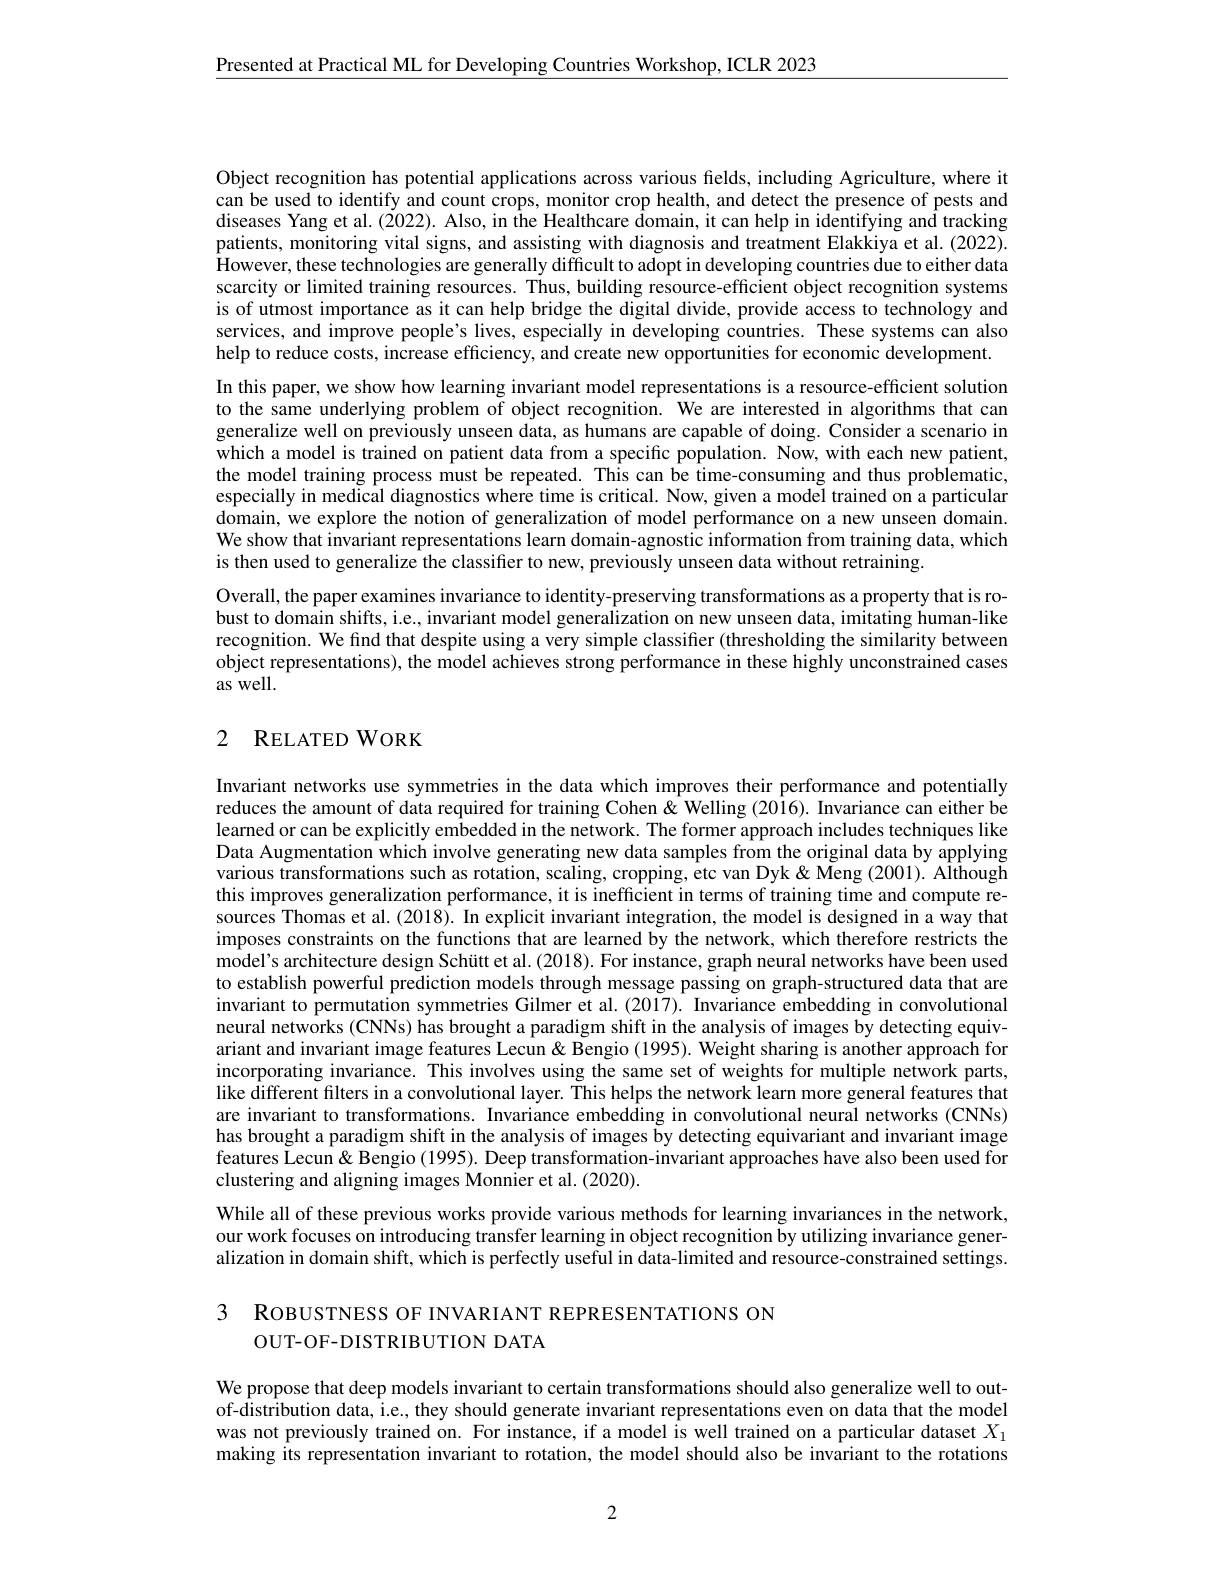
$\underline{{\text{Presented at Practical ML for Developing Countries Workshop, ICLR 2023}}}$

Object recognition has potential applications across various fields, including Agriculture, where it can be used to identify and count crops, monitor crop health, and detect the presence of pests and diseases Yang et al.(2022). Also, in the Healthcare $\hat{\text{domain, it can help in identifying and tracking}}$ patients, monitoring vital signs, and assisting with diagnosis and treatment Elakkiya et al. (2022). However, these technologies are generally difficult to adopt in developing countries due to either data scarcity or limited training resources. Thus, building resource-efficient object recognition systems is of utmost importance as it can help bridge the digital divide, provide access to technology and services, and improve people's lives, especially in developing countries. These systems can also help to reduce costs, increase efficiency, and create new opportunities for economic development. In this paper, we show how learning invariant model representations is a resource-efficient solution to the same underlying problem of object recognition. We are interested in algorithms that can generalize well on previously unseen data, as humans are capable of doing. Consider a scenario in which a model is trained on patient data from a specific population. Now, with each new patient, the model training process must be repeated. This can be time-consuming and thus problematic, especially in medical diagnostics where time is critical. Now, given a model trained on a particular domain, we explore the notion of generalization of model performance on a new unseen domain. We show that invariant representations learn domain-agnostic information from training data, which is then used to generalize the classifier to new, previously unseen data without retraining
Overall, the paper examines invariance to identity-preserving transformations as a property that is robust to domain shifts, i.e., invariant model generalization on new unseen data, imitating human-like recognition. We find that despite using a very simple classifier (thresholding the similarity between object representations), the model achieves strong performance in these highly unconstrained cases as well.

## 2 RELATEDWORK

Invariant networks use symmetries in the data which improves their performance and potentially reduces the amount of data required for training Cohen &Welling (2016). Invariance can either be learned or can be explicitly embedded in the network. The former approach includes techniques like Data Augmentation which involve generating new data samples from the original data by applying various transformations such as rotation, scaling, cropping, etc van Dyk & Meng (2001). Although this improves generalization performance, it is inefficient in terms of training time and compute resources Thomas et al. (2018). In explicit invariant integration, the model is designed in a way that imposes constraints on the functions that are learned by the network, which therefore restricts the model's architecture design Schütt et al. (2018). For instance, graph neural networks have been used to establish powerful prediction models through message passing on graph-structured data that are invariant to permutation symmetries Gilmer et al.(2017). Invariance embedding in convolutional neural networks (CNNs) has brought a paradigm shift in the analysis of images by detecting equivariant and invariant image features Lecun& Bengio (1995). Weight sharing is another approach for incorporating invariance. This involves using the same set of weights for multiple network parts, like different filters in a convolutional layer. This helps the network learn more general features that are invariant to transformations. Invariance embedding in convolutional neural networks (CNNs) has brought a paradigm shift in the analysis of images by detecting equivariant and invariant image features Lecun& Bengio (1995). Deep transformation-invariant approaches have also been used for clustering and aligning images Monnier et al. (2020).

While all of these previous works provide various methods for learning invariances in the network, our work focuses on introducing transfer learning in object recognition by utilizing invariance generalization in domain shift, which is perfectly useful in data-limited and resource-constrained settings.

3 RoвUSTNESS OF INVARIANT REPRESENTATIONS ON
OUT-OF-DISTRIBUTION DATA

We propose that deep models invariant to certain transformations should also generalize well to outof-distribution data, i.e., they should generate invariant representations even on data that the model was not previously trained on. For instance, if a model is well trained on a particular dataset $X_1$ making its representation invariant to rotation, the model should also be invariant to the rotations

2